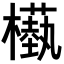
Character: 𣞕